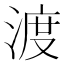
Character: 渡